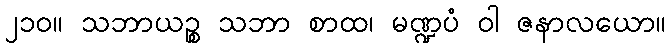
၂၁၀။ သဘာယဉ္စ သဘာ စာထ၊ မဏ္ဍပံ ဝါ ဇနာလယော။